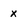
Character: x